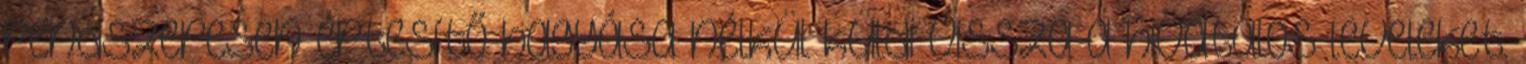
rendszeresen értesítő hagyása nélkül küldi vissza a hivatalos leveleket.